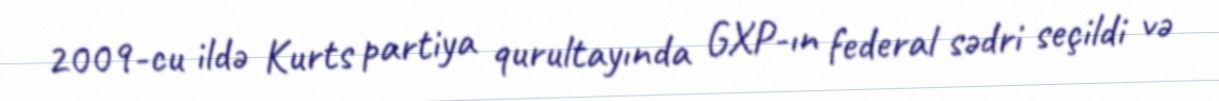
2009-cu ildə Kurts partiya qurultayında GXP-ın federal sədri seçildi və